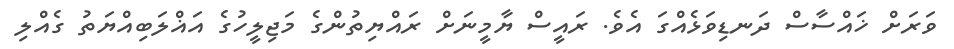
ވަރަށް ޚައްސާސް ދަނޑިވަޅެއްގަ އެވެ. ރައީސް ޔާމީނަށް ރައްޔިތުންގެ މަޖިލީހުގެ އަޣްލަބިއްޔަތު ގެއްލި